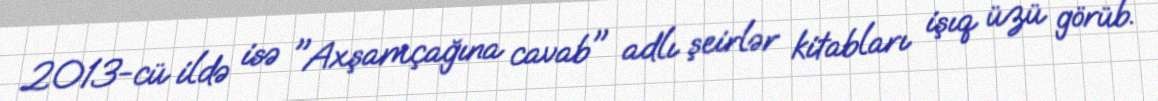
2013-cü ildə isə "Axşamçağına cavab" adlı şeirlər kitabları işıq üzü görüb.